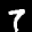
Label: 7